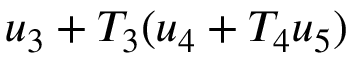
u _ { 3 } + T _ { 3 } ( u _ { 4 } + T _ { 4 } u _ { 5 } )